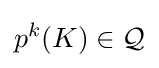
p^{k}(K)\in {\mathcal {Q}}